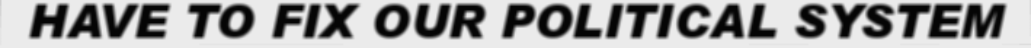
HAVE TO FIX OUR POLITICAL SYSTEM